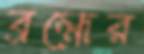
ব্রহ্মের